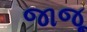
જાજૂ